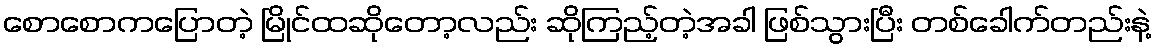
စောစောကပြောတဲ့ မြိုင်ထဆိုတော့လည်း ဆိုကြည့်တဲ့အခါ ဖြစ်သွားပြီး တစ်ခေါက်တည်းနဲ့